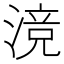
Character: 𬈣